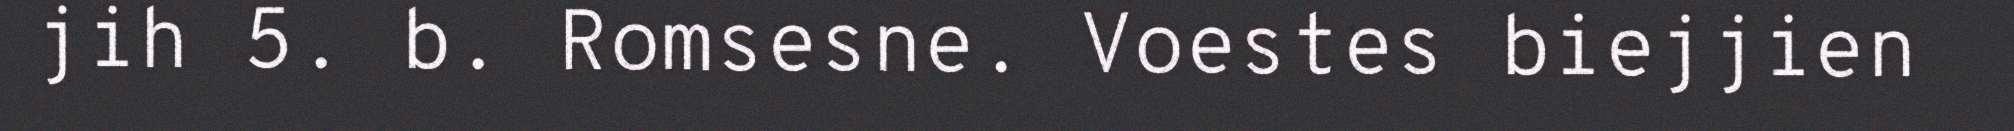
jih 5. b. Romsesne. Voestes biejjien